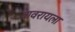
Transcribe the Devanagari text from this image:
वावरायला